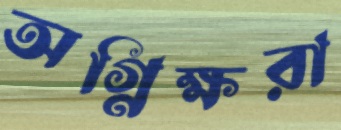
অগ্নিক্ষরা